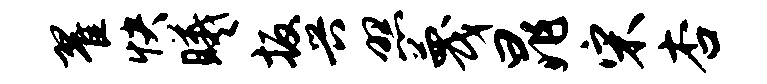
翟快曦扳兴照蔑晁宋杏